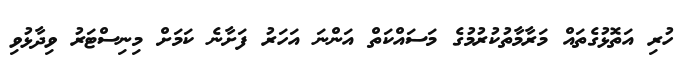
ހުރި އަތޮޅުގެތައް މަރާމާތުކުރުމުގެ މަސައްކަތް އަންނަ އަހަރު ފަށާނެ ކަމަށް މިނިސްޓަރު ވިދާޅުވި